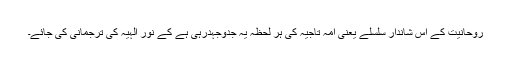
روحانیت کے اس شاندار سلسلے یعنی امہ تاجیہ کی ہر لحظہ یہ جدوجہدرہی ہے کے نور الہیہٰ کی ترجمانی کی جائے۔